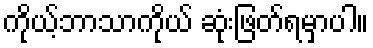
ကိုယ့်ဘာသာကိုယ် ဆုံးဖြတ်ရမှာပါ။